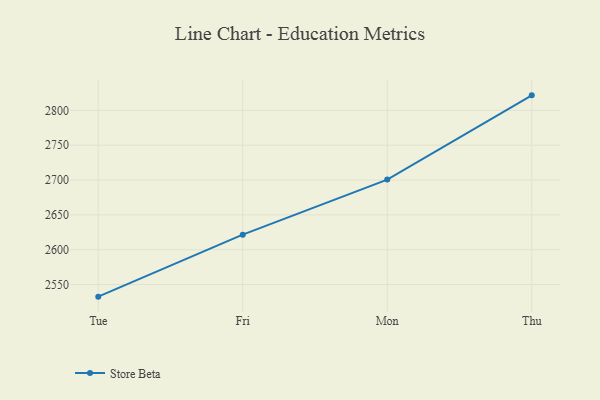
{"axis": {"x": "Day", "y": "Bounce Rate (%)"}, "legend": ["Store Beta"], "data": [{"x": "Tue", "y": 2532.7, "type": "Store Beta"}, {"x": "Fri", "y": 2621.6, "type": "Store Beta"}, {"x": "Mon", "y": 2700.6, "type": "Store Beta"}, {"x": "Thu", "y": 2821.5, "type": "Store Beta"}]}